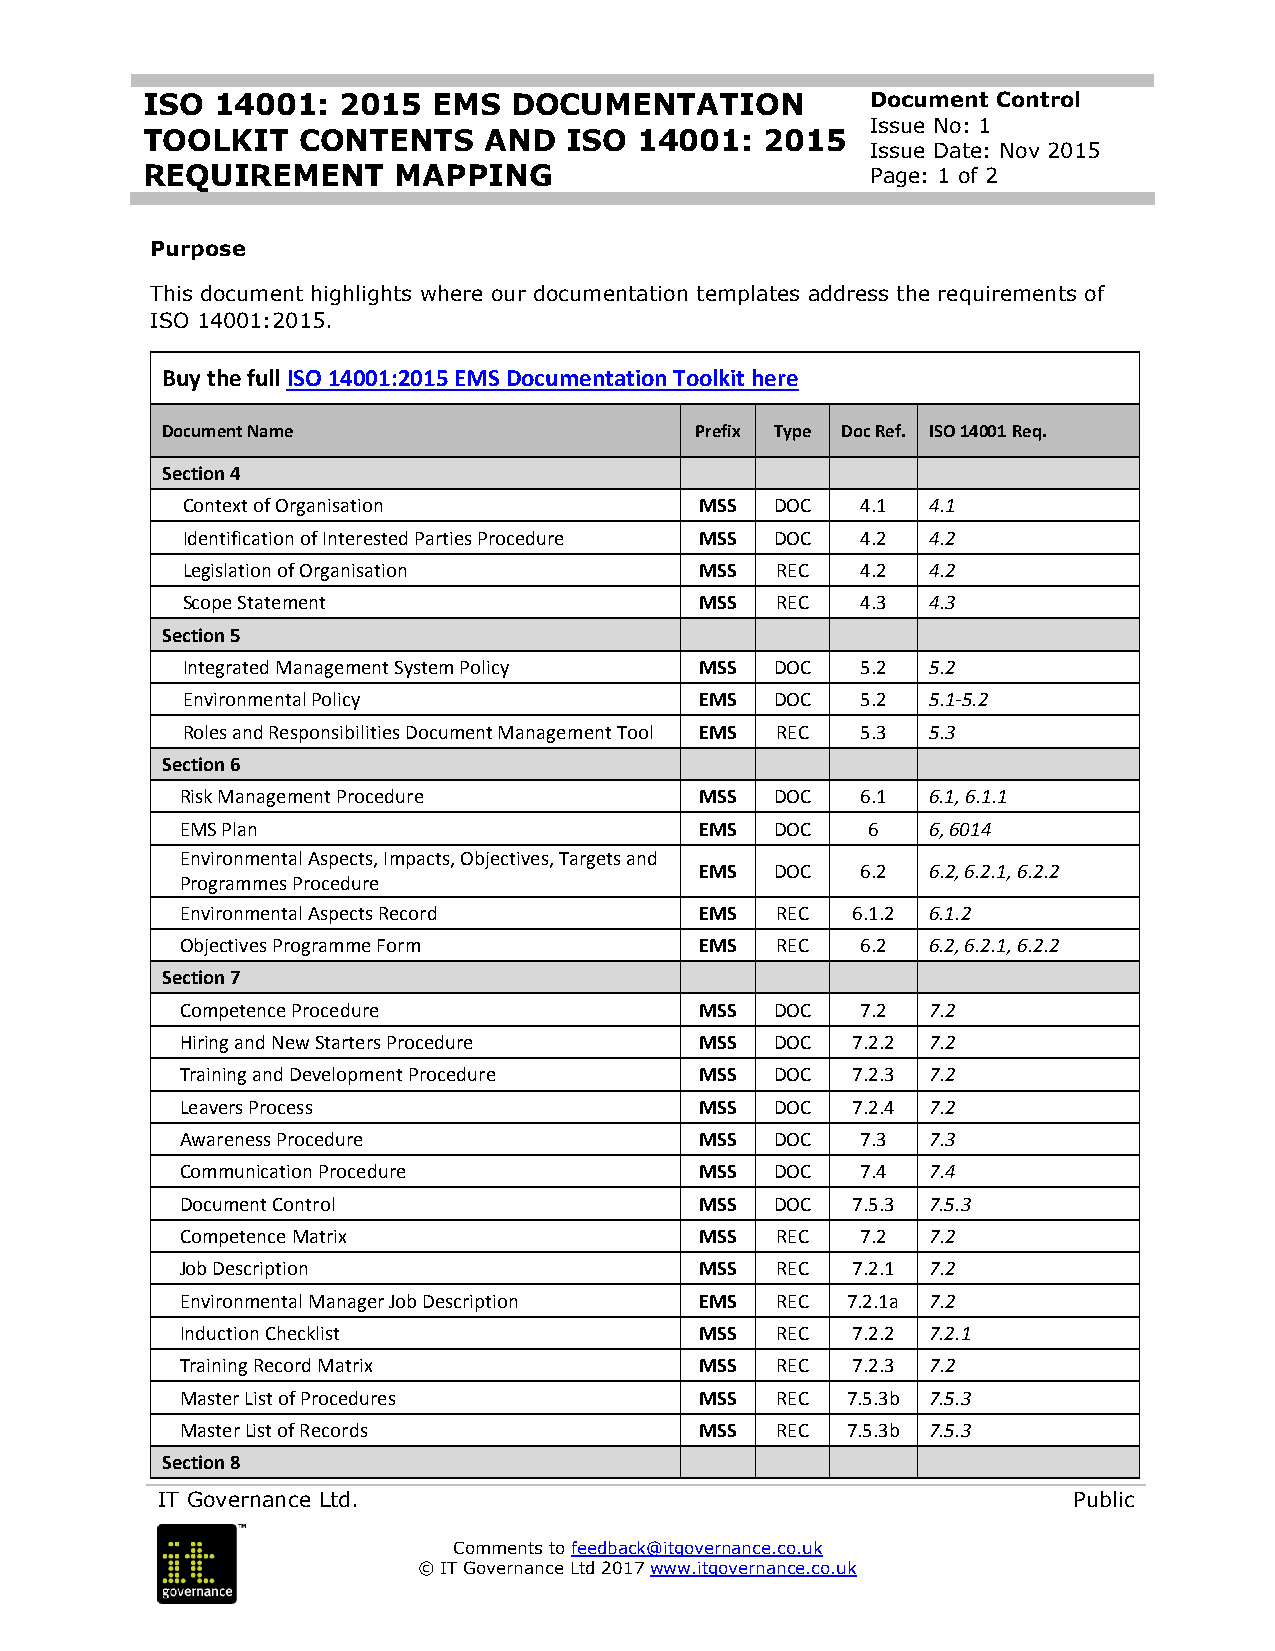
ISO  14001:   2015  EMS  DOCUMENTATION           Document Control
 Issue No: 1
 TOOLKIT    CONTENTS    AND   ISO 14001:   2015
 Issue Date: Nov 2015
 REQUIREMENT      MAPPING                         Page: 1 of 2
 Purpose
 This document highlights where our documentation templates address the requirements of
 ISO 14001:2015.
 Buy the full ISO 14001:2015 EMS Documentation Toolkit here
 Document Name                      Prefix Type Doc Ref. ISO 14001 Req.
 Section 4
 Context of Organisation           MSS  DOC   4.1  4.1
 Identification of Interested Parties Procedure MSS DOC 4.2 4.2
 Legislation of Organisation       MSS  REC   4.2  4.2
 Scope Statement                   MSS  REC   4.3  4.3
 Section 5
 Integrated Management System Policy MSS DOC  5.2  5.2
 Environmental Policy              EMS  DOC   5.2  5.1-5.2
 Roles and Responsibilities Document Management Tool EMS REC 5.3 5.3
 Section 6
 Risk Management Procedure         MSS  DOC   6.1  6.1, 6.1.1
 EMS Plan                          EMS  DOC   6    6, 6014
 Environmental Aspects, Impacts, Objectives, Targets and
 EMS  DOC   6.2  6.2, 6.2.1, 6.2.2
 Programmes Procedure
 Environmental Aspects Record      EMS  REC  6.1.2 6.1.2
 Objectives Programme Form         EMS  REC   6.2  6.2, 6.2.1, 6.2.2
 Section 7
 Competence Procedure              MSS  DOC   7.2  7.2
 Hiring and New Starters Procedure MSS  DOC  7.2.2 7.2
 Training and Development Procedure MSS DOC  7.2.3 7.2
 Leavers Process                   MSS  DOC  7.2.4 7.2
 Awareness Procedure               MSS  DOC   7.3  7.3
 Communication Procedure           MSS  DOC   7.4  7.4
 Document Control                  MSS  DOC  7.5.3 7.5.3
 Competence Matrix                 MSS  REC   7.2  7.2
 Job Description                   MSS  REC  7.2.1 7.2
 Environmental Manager Job Description EMS REC 7.2.1a 7.2
 Induction Checklist               MSS  REC  7.2.2 7.2.1
 Training Record Matrix            MSS  REC  7.2.3 7.2
 Master List of Procedures         MSS  REC  7.5.3b 7.5.3
 Master List of Records            MSS  REC  7.5.3b 7.5.3
 Section 8
 IT Governance Ltd.                                           Public
 Comments to feedback@itgovernance.co.uk
 © IT Governance Ltd 2017 www.itgovernance.co.uk